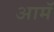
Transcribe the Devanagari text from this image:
आमॅ